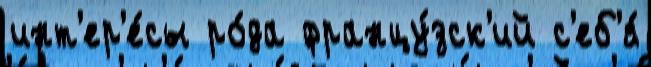
инт'ер'е́сы ро́да францу́зск'ий с'еб'я́